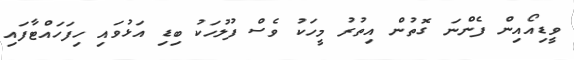
ވީޑިއޯއިން ފެންނަ ގޮތުން އިތުރު މީހަކު ވެސް ފުލުހަކު ބިޑި އަޅުވައި ހިފަހައްޓާފައި